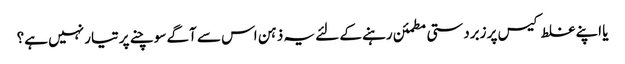
یا اپنے غلط کیس پر زبردستی مطمئن رہنے کے لئے یہ ذہن اس سے آگے سوچنے پر تیار نہیں ہے؟